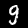
Digit: 9